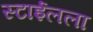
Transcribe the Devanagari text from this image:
स्टाईलला